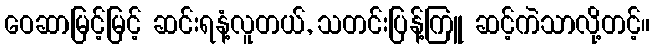
ဝေဆာမြင့်မြင့် ဆင်းရနံ့လူတယ်, သတင်းပြန့်ကြူ ဆင့်ကဲသာလို့တင့်။